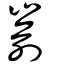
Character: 嵛